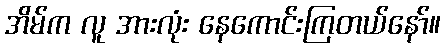
အိမ်က လူ အားလုံး နေကောင်းကြတယ်နော်။